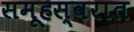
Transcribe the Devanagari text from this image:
समूहस्वरात